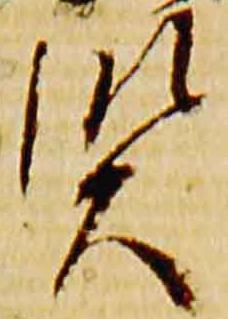
賢